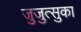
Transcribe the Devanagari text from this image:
जुजुत्सुका